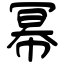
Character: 幂